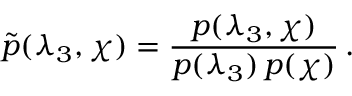
\tilde { p } ( \lambda _ { 3 } , \chi ) = \frac { p ( \lambda _ { 3 } , \chi ) } { p ( \lambda _ { 3 } ) \, p ( \chi ) } \, .